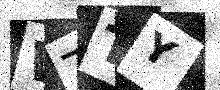
Text: WTTY